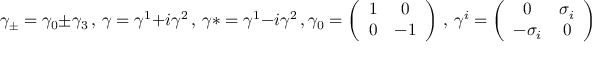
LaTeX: \gamma _ { \pm } = \gamma _ { 0 } \pm \gamma _ { 3 } \, , \, \gamma = \gamma ^ { 1 } + i \gamma ^ { 2 } \, , \, \gamma * = \gamma ^ { 1 } - i \gamma ^ { 2 } \, , \gamma _ { 0 } = \left( \begin{array} { c c } { { 1 } } & { { 0 } } \\ { { 0 } } & { { - 1 } } \end{array} \right) \, , \, \gamma ^ { i } = \left( \begin{array} { c c } { { 0 } } & { { \sigma _ { i } } } \\ { { - \sigma _ { i } } } & { { 0 } } \end{array} \right)